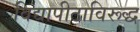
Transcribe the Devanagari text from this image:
विद्यापीठाविरूद्ध